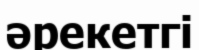
әрекетгі